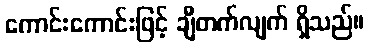
ကောင်းကောင်းဖြင့် ချီတက်လျက် ရှိသည်။